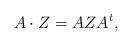
LaTeX: \begin{align*}A\cdot Z = A Z A^t,\end{align*}